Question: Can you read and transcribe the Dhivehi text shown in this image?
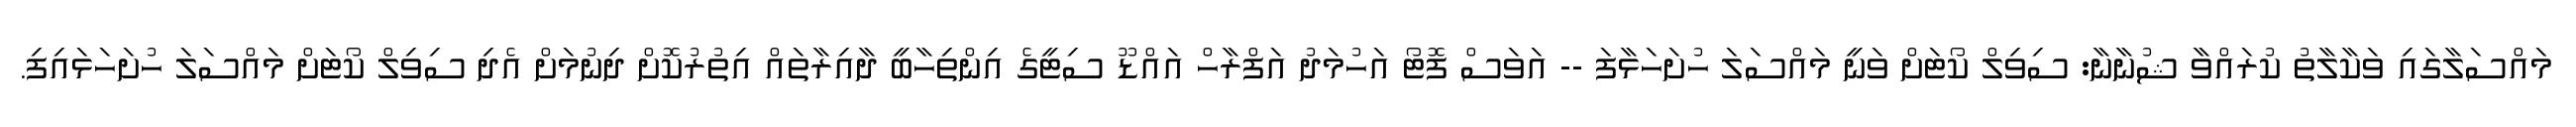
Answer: މައްސަލާގައި ވަކާލާތު ކުރައްވާ ޝުނާނާ: ސިވިލް ކޯޓަށް ވަނީ މައްސަލަ ހުށަހަޅާފަ -- އަވަސް ފޮޓޯ އަހުމަދު އަފްރާހް އައްޑޫ ސިޓީގެ އިންތިހާބީ ދާއިރާތައް އިތުރުކޮށް ދިނުމަށް އެދި ސިވިލް ކޯޓަށް މައްސަލަ ހުށަހަޅައިފި.